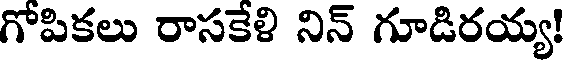
గోపికలు రాసకేళి నిన్ గూడిరయ్య!